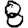
Digit: 8